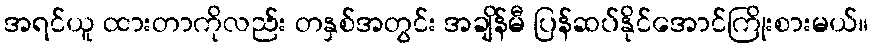
အရင်ယူ ထားတာကိုလည်း တနှစ်အတွင်း အချိန်မီ ပြန်ဆပ်နိုင်အောင်ကြိုးစားမယ်။